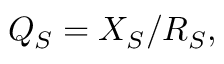
\begin{array} { r } { Q _ { S } = X _ { S } / R _ { S } , } \end{array}